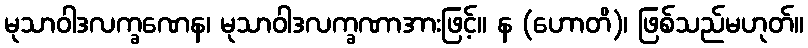
မုသာဝါဒလက္ခဏေန၊ မုသာဝါဒလက္ခဏာအားဖြင့်။ န (ဟောတိ)၊ ဖြစ်သည်မဟုတ်။